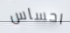
احساس